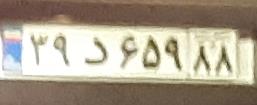
۲۹د۶۵۹۸۸